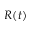
R ( t )